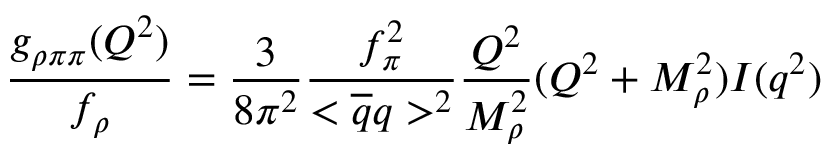
\frac { g _ { \rho \pi \pi } ( Q ^ { 2 } ) } { f _ { \rho } } = \frac { 3 } { 8 \pi ^ { 2 } } \frac { f _ { \pi } ^ { 2 } } { < \overline { { { q } } } q > ^ { 2 } } \frac { Q ^ { 2 } } { M _ { \rho } ^ { 2 } } ( Q ^ { 2 } + M _ { \rho } ^ { 2 } ) I ( q ^ { 2 } )